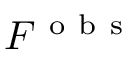
F ^ { \mathrm { ~ o ~ b ~ s ~ } }